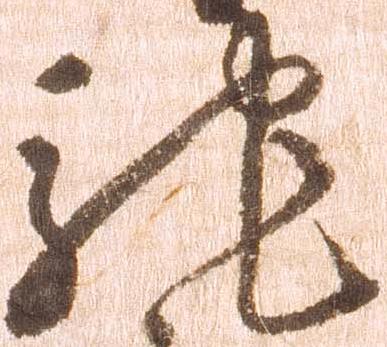
馳